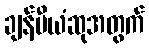
ချန်ပီယံဆုအတွက်